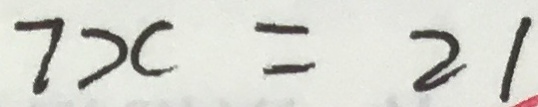
7 x = 2 1